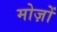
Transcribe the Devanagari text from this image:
मोज़ों